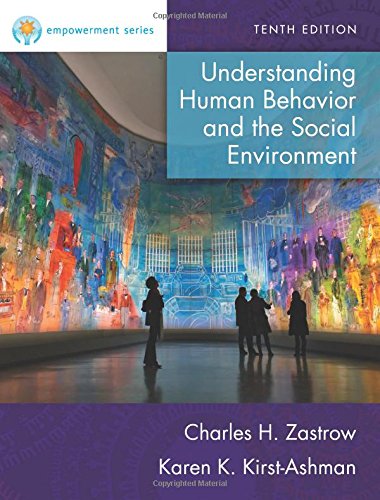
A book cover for Empowerment Series: Understanding Human Behavior and the Social Environment; Charles Zastrow; Politics & Social Sciences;